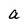
Character: a